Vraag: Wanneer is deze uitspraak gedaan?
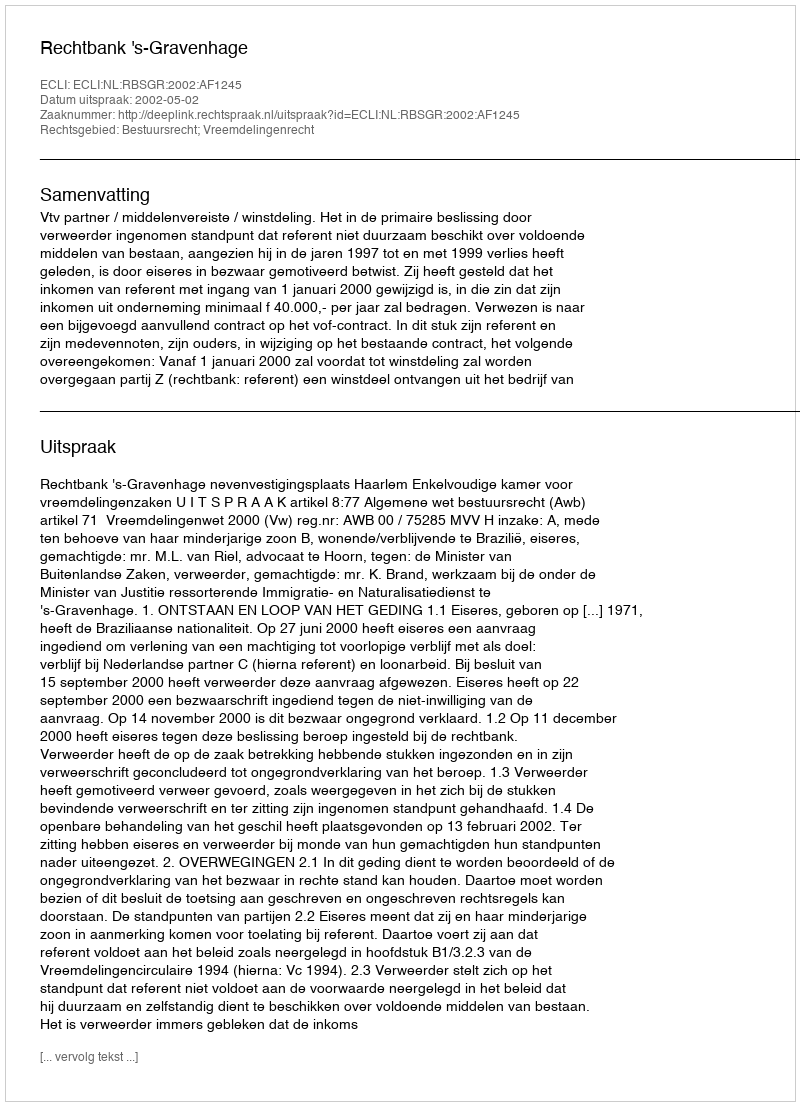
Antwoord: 2002-05-02